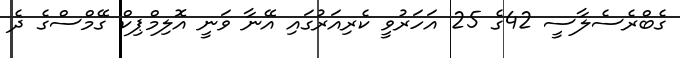
ގެބްރެސެލާސީ 42ގެ 25 އަހަރުވީ ކެރިއަރުގައި އޭނާ ވަނީ އޮލިމްޕިކް ގޭމްސްގެ ދެ